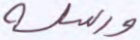
ورسله